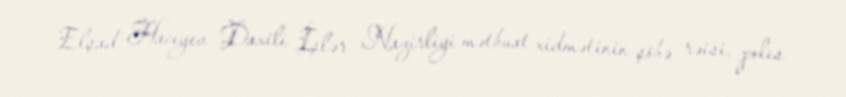
Elşad Hacıyev Daxili İşlər Nazirliyi mətbuat xidmətinin şöbə rəisi, polis